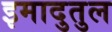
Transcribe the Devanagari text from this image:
इमादुतुल